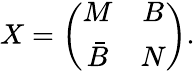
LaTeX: X=\left(\begin{array}{cc}{{M}}&{{B}}\\ {{\bar{B}}}&{{N}}\end{array}\right).